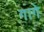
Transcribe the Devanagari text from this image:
गागे